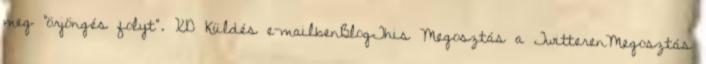
meg "örjöngés folyt". XD Küldés e-mailbenBlogThis Megosztás a TwitterenMegosztás